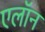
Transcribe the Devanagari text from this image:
एलॉन